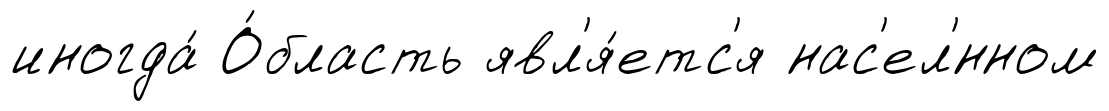
иногда́ О́бласть явл'я́етс'я нас'ел'́нном